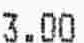
3.00